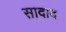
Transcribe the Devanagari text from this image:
सादाद